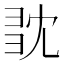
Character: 𢑝